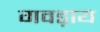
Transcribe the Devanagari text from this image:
गवड़ाय